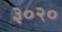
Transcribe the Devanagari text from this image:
३०२०